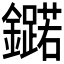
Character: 𮣥